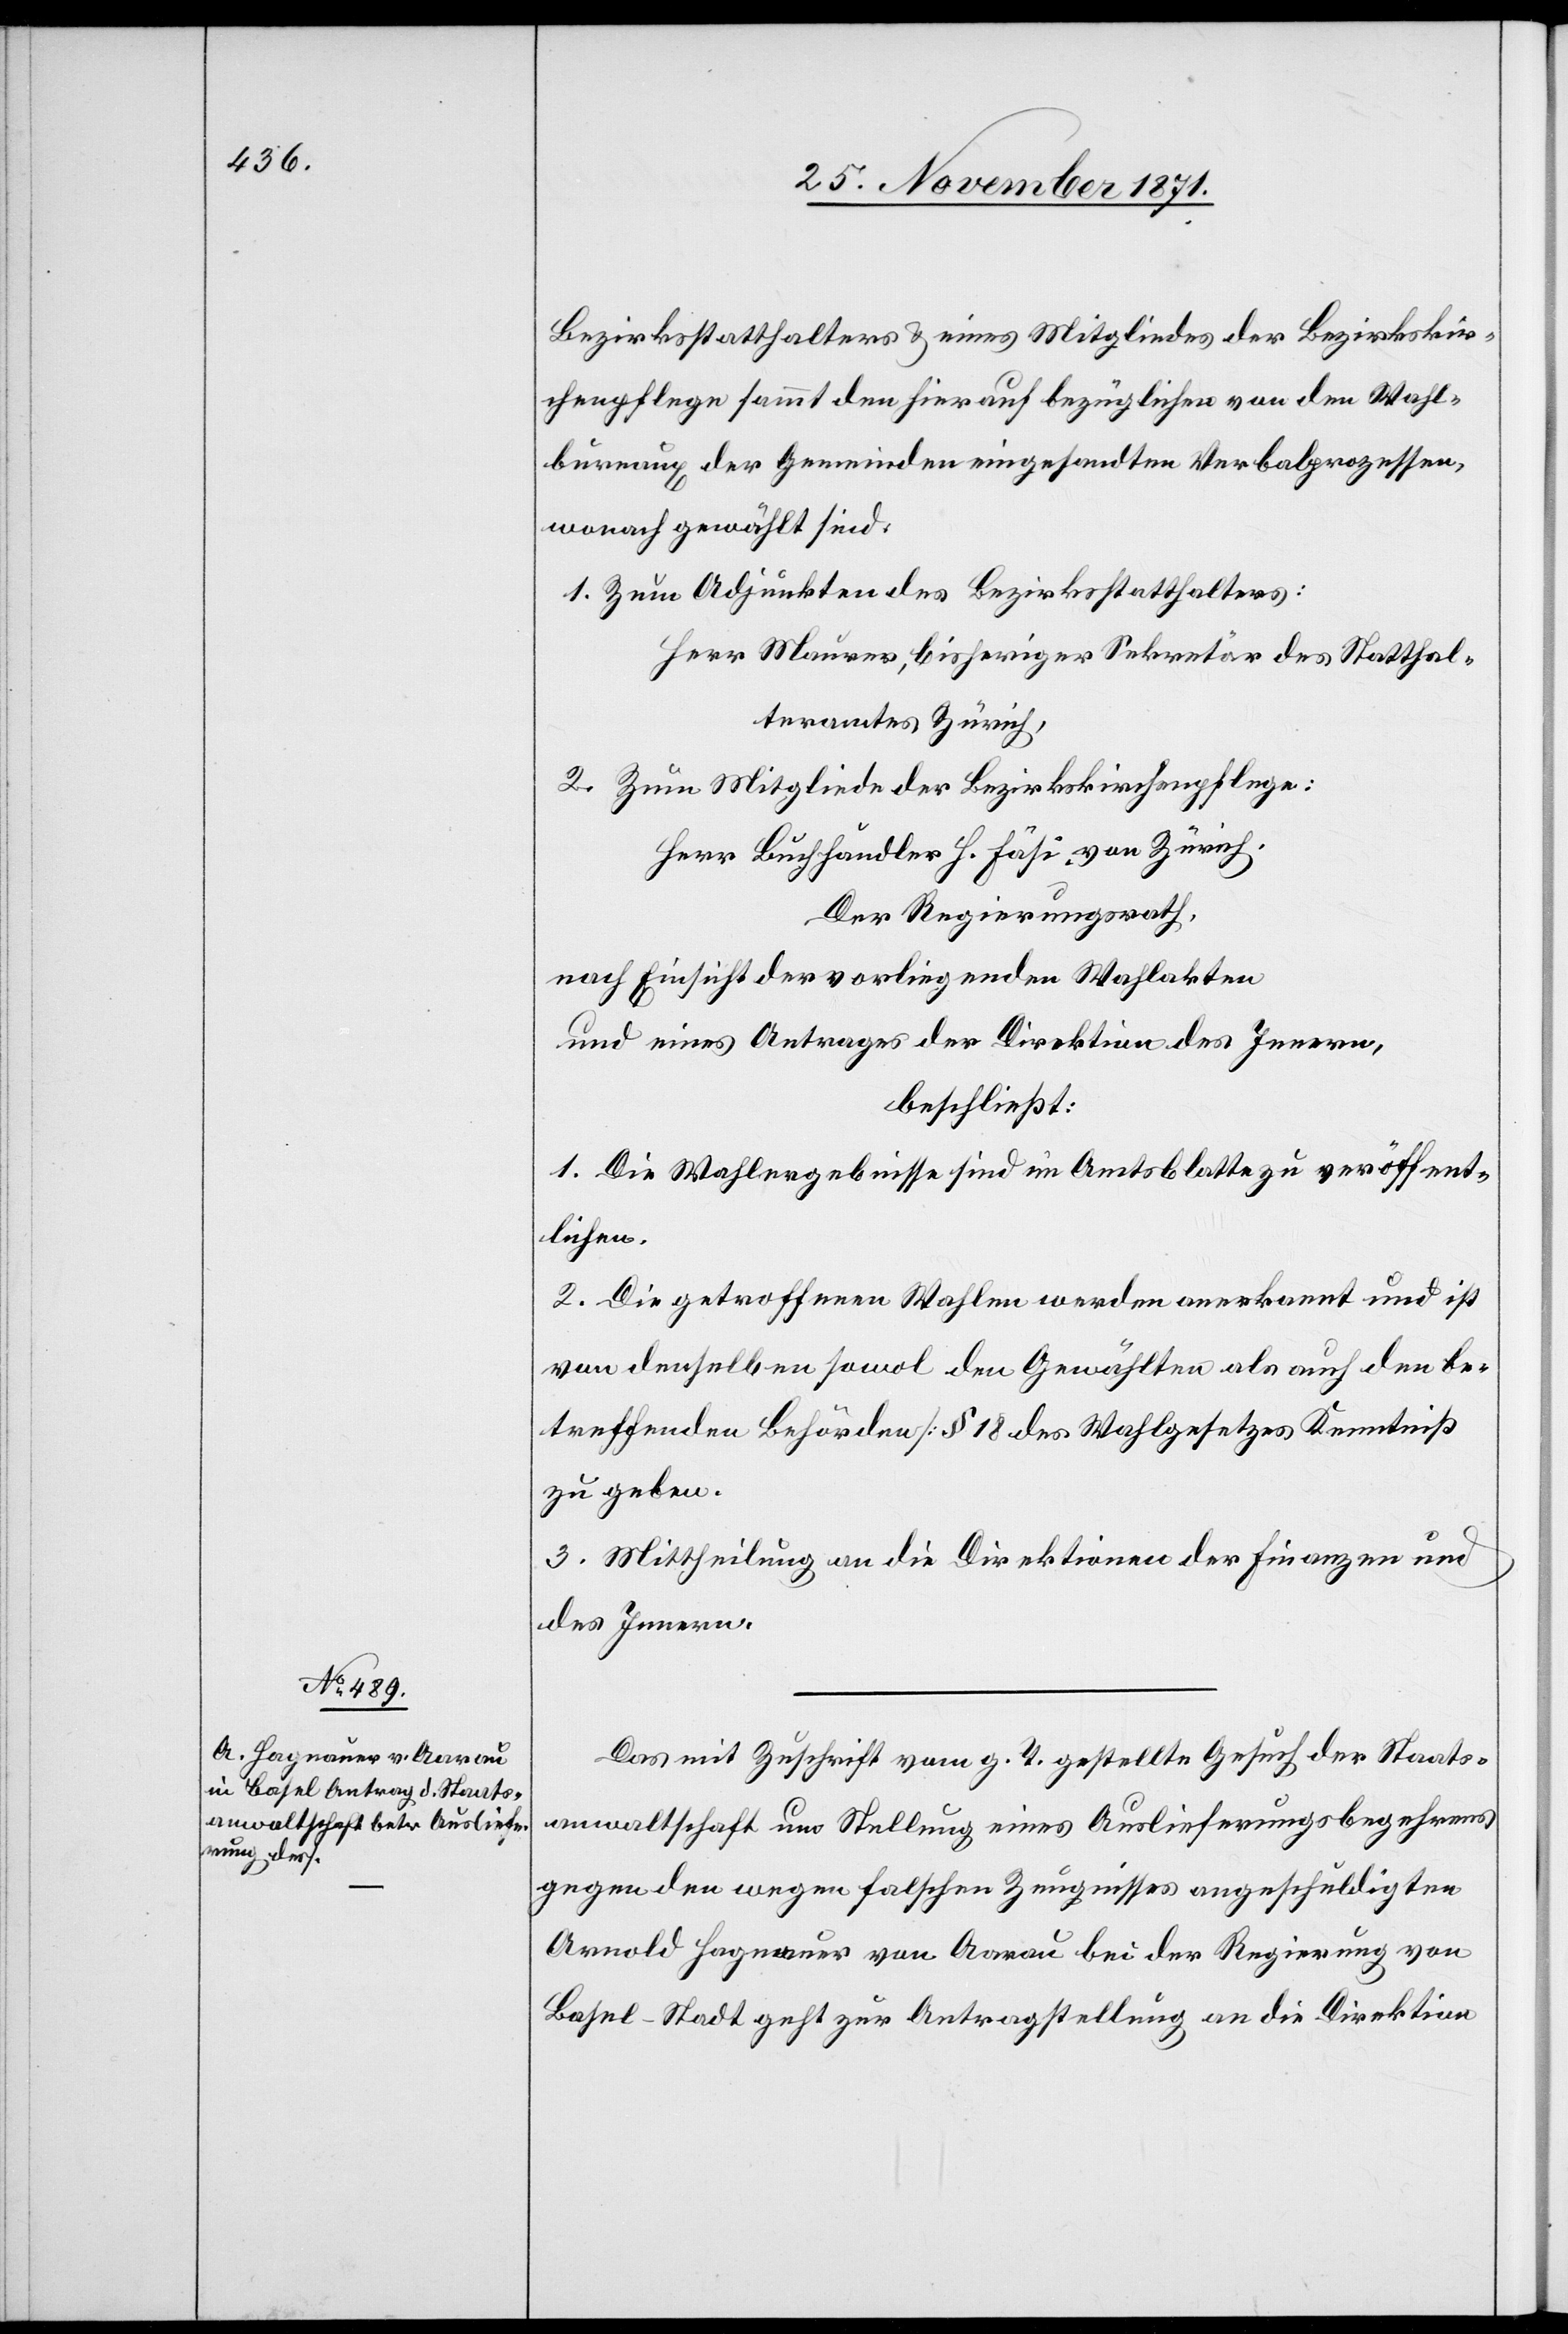
29. November 1871.]
Bezirksstatthalters & eines Mitgliedes der Bezirkskir¬
chenpflege sammt den hierauf bezüglichen von den Wahl¬
bureaux der Gemeinden eingesandten Verbalprozessen,
worauf gewält sind:
1. Zum Adjunkten des Bezirksstatthalters:
Herr Maurer, bisheriger Sekrtetär des Statthal¬
teramtes Zürich,
2. Zum Mitgliede der Bezirkskirchenpflege:
Herr Buchhändler H. Fäsi von Zürich.
Der Regierungsrath,
nach Einsicht der vorliegenden Wahlakten
und eines Antrages der Direktion des Innern,
beschließt:
1. Die Wahlergebnisse sind im Amtsblatte zu veröffent¬
lichen.
2. Die getroffenen Wahlen werden anerkannt und ist
von denselben sowol den Gewählten als auch den be¬
treffenden Behörden [§ 18 des Wahlgesetzes[]] Kenntniß
zu geben.
3. Mittheilung an die Direktionen der Finanzen und
des Innern.
Das mit Zuschrift vom g. T. gestellte Gesuch der Staats¬
anwaltschaft um Stellung eines Auslieferungsbegehrens
gegen den wegen falschen Zeugnisses angeschuldigten
Arnold Hagnauer von Aarau bei der Regierung von
Basel-Stadt geht zur Antragstellung an die Direktion